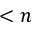
< n